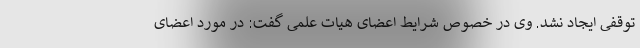
توقفی ایجاد نشد. وی در خصوص شرایط اعضای هیات علمی گفت: در مورد اعضای